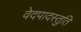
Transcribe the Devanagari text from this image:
वेदपादस्तुति